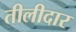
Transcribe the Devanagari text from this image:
तीलीदार